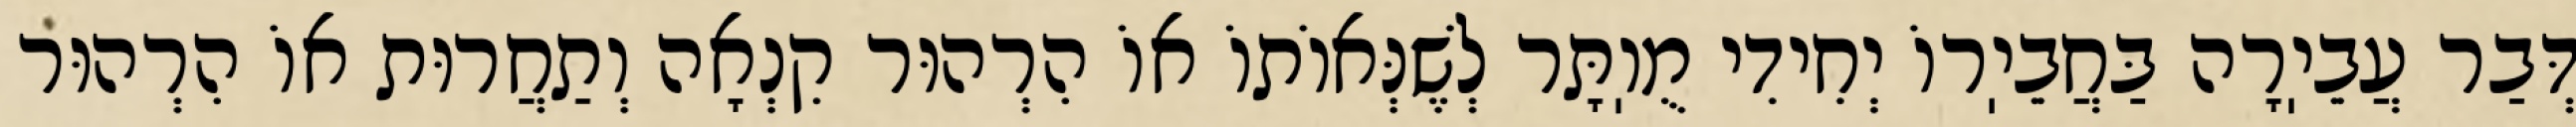
דְּבַר עֲבֵיֽרָה בַּחֲבֵיֽרוֹ יְחִידִי מֻוֽתָּר לְשֶׁנְּאוֹתוֹ אוֹ הִרְהוּר קִנְאָה וְתַחֲרוּת אוֹ הִרְהוּר